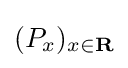
(P_{x})_{x\in \mathbf {R} }